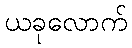
ယခုလောက်